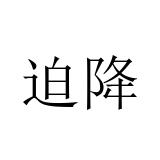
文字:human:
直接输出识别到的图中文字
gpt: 迫降